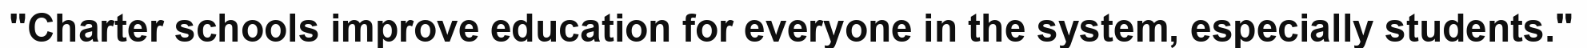
"Charter schools improve education for everyone in the system, especially students."